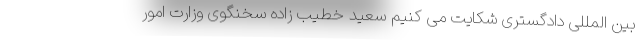
بین المللی دادگستری شکایت می کنیم سعید خطیب زاده سخنگوی وزارت امور